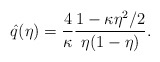
\begin{align*}\hat q(\eta) = \frac4{\kappa} \frac{1-\kappa\eta^2/2} {\eta (1-\eta)}.\end{align*}